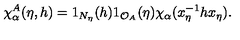
\chi _ { \alpha } ^ { A } ( \eta , h ) = 1 _ { N _ { \eta } } ( h ) 1 _ { \mathcal { O } _ { A } } ( \eta ) \chi _ { \alpha } ( x _ { \eta } ^ { - 1 } h x _ { \eta } ) .